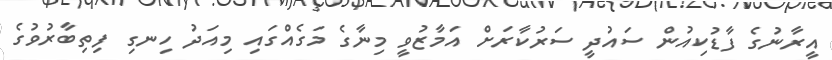
އީރާނުގެ ފާޑުކިއުން ސައުދީ ސަރުކާރަށް އަމާޒުވީ މިނާގެ މަގެއްގައި މިއަދު ހިނގި ފިތިބާރުވުގެ